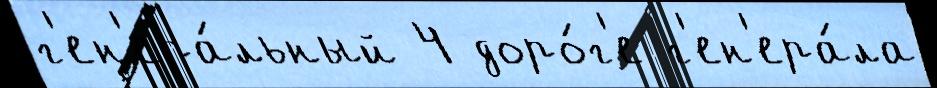
г'ен'ера́льный 4 доро́г'е г'ен'ера́ла